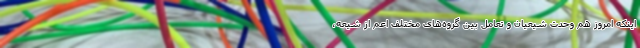
اینکه امروز هم وحدت شیعیان و تعامل بین گروه‌های مختلف اعم از شیعه،